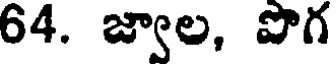
64. జ్వాల, పొగ